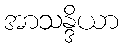
အာသန္ဒိယာ